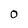
Character: O